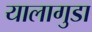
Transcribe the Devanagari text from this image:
यालागुडा